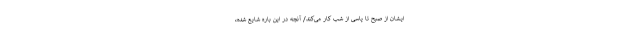
ایشان از صبح تا پاسی از شب کار می‌کند/ آنچه در این باره شایع شده،